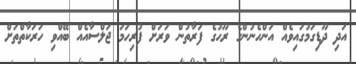
އަދި ދޫޑިގަމުގައިވެއް އަންހެނުންގެ ރޫޙުގެ ފަރާތުން ވަރަށް ފުރިހަމަ ޖަލްސާއެއް ބޭއްވި ހަރަކާތްތަށް